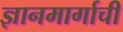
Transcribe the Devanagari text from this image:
ज्ञानमार्गाची